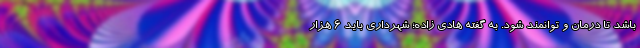
باشد تا درمان و توانمند شود. به گفته هادی زاده؛ شهرداری باید ۶ هزار